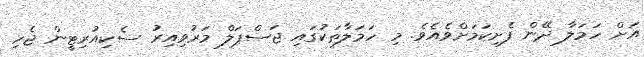
އަށް ހަމަލާ ދޭން ފެށިކަމަށްވެއެވެ. މި ހަމަލާތަކުގައި ޖަސްޕަލް މަރުވިއިރު ސެކިއުރިޓީން ޖެހި